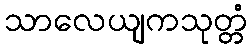
သာလေယျကသုတ္တံ